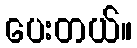
ပေးတယ်။